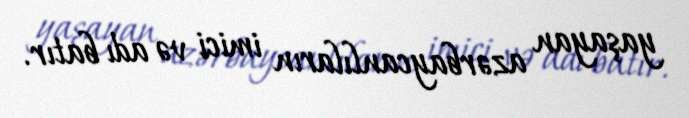
yaşayan azərbaycanlıların imici və adı batır.